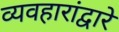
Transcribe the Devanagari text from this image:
व्यवहारांद्वारे